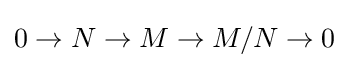
0\to N\to M\to M/N\to 0